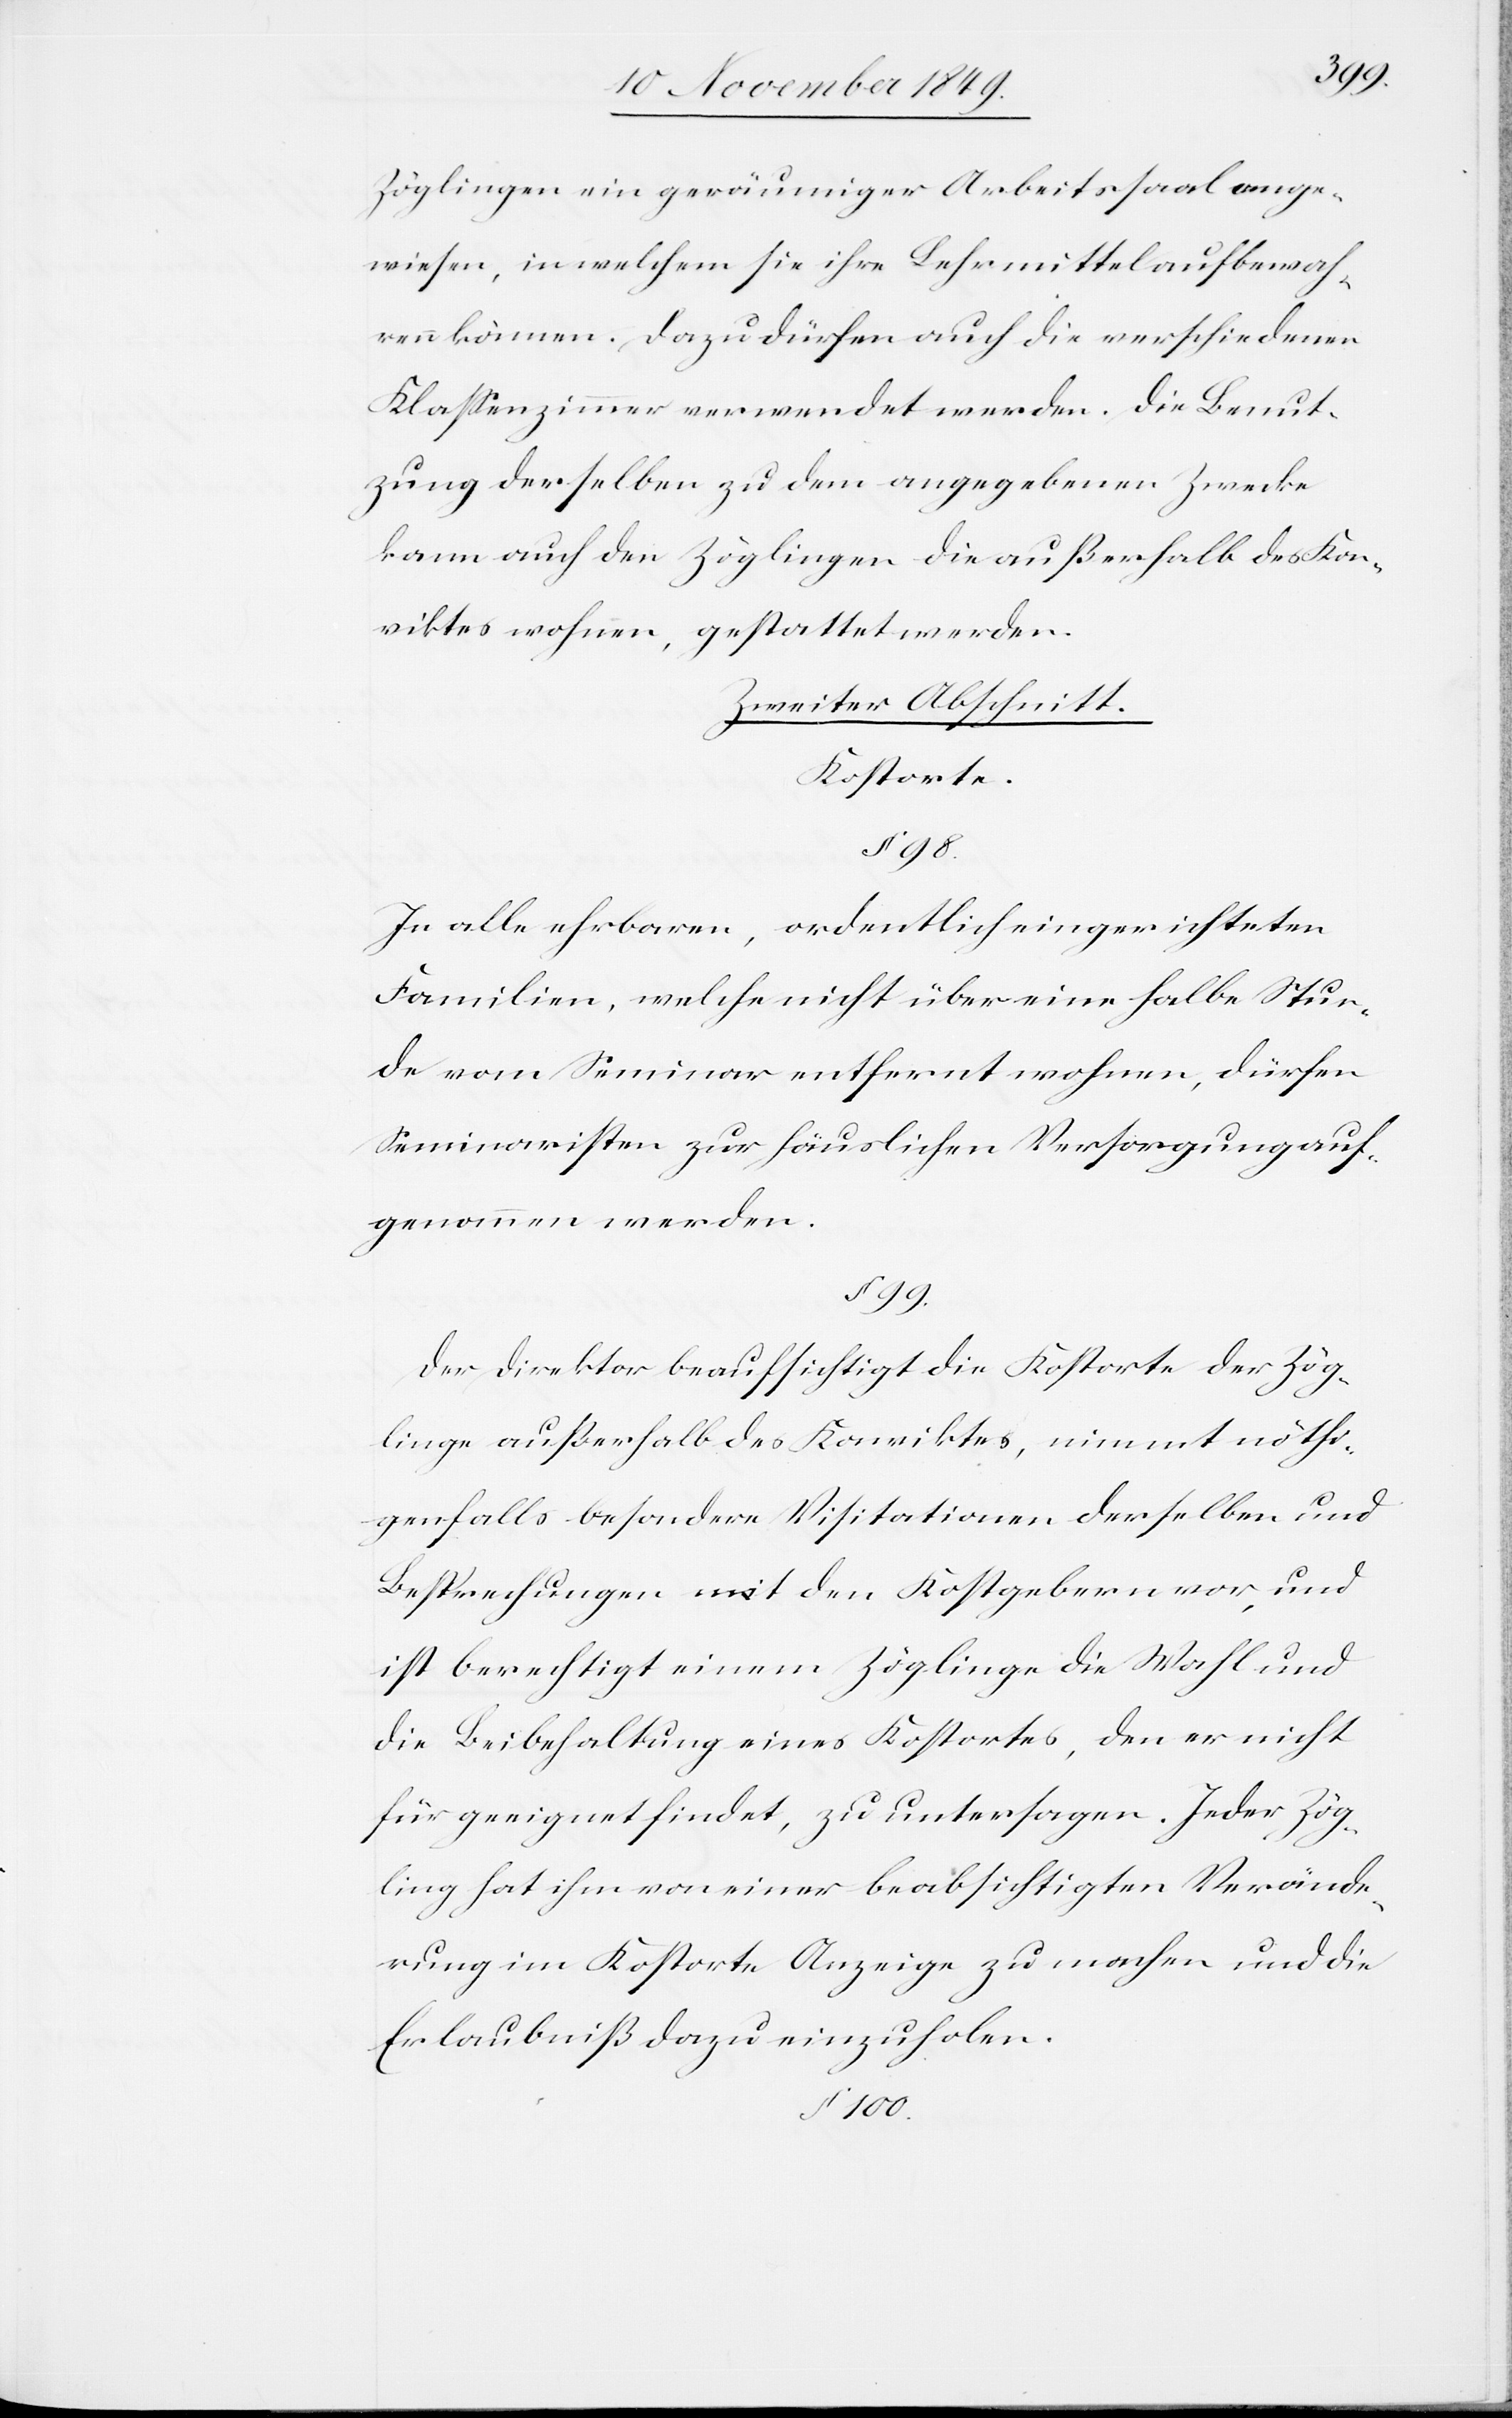
Zöglingen ein geräumiger Arbeitssaal ange¬
wiesen, in welchem sie ihre Lehrmittel aufbewah¬
ren können. Dazu dürfen auch die verschiedenen
Klaßenzimmer verwendet werden. Die Benut¬
zung derselben zu dem angegebenen Zwecke
kann auch den Zöglingen die außerhalb des Kon¬
viktes wohnen, gestattet werden.
Zweiter Abschnitt.
Kostenorte.
§ 98.
In alle ehrbaren, ordentlich eingerichteten
Familien, welche nicht über eine halbe Stun¬
de vom Seminar entfernt wohnen, dürfen
Seminaristen zur häuslichen Versorgung auf¬
genommen werden.
§ 99.
Der Direktor beaufsichtigt die Kostorte der Zög¬
linge außerhalb des Konviktes, nimmt nöthi¬
genfalls besondere Visitationen derselben und
Besprechungen mit den Kostgebern vor, und
ist beaufsichtigt einem Zöglinge die Wahl und
die Beibehaltung eines Kostortes, den er nicht
für geeignet findet, zu untersagen. Jeder Zög¬
ling hat ihm von einer beabsichtigten Verände¬
rung im Kostorte Anzeige zu machen und die
Erlaubniß dazu einzuholen.
§ 100.